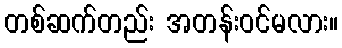
တစ်ဆက်တည်း အတန်းဝင်မလား။